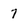
Character: 7